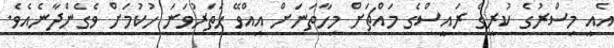
އެއީ މިސްރުގެ ކުރީގެ ރައީސްގެ މައްޗަށް މިހާތަނަށް އިއްވޭ ހަތަރުވަނަ ހުކުމަށް ވެގެންދާނެއެވެ.